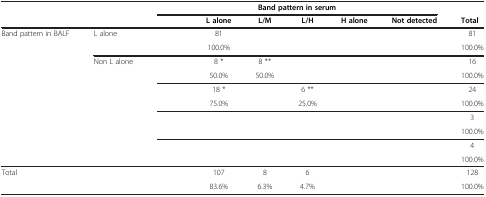
<table><thead><tr><td colspan="2" rowspan="2">[EMPTY_CELL]</td><td colspan="6"><b>Band pattern in serum</b></td><td>[EMPTY_CELL]</td></tr><tr><td>[EMPTY_CELL]</td><td><b>L alone</b></td><td><b>L/M</b></td><td><b>L/H</b></td><td><b>H alone</b></td><td><b>Not detected</b></td><td><b>Total</b></td></tr></thead><tbody><tr><td>Band pattern in BALF</td><td>L alone</td><td>[EMPTY_CELL]</td><td>81</td><td>[EMPTY_CELL]</td><td>[EMPTY_CELL]</td><td>[EMPTY_CELL]</td><td>[EMPTY_CELL]</td><td>81</td></tr><tr><td>[EMPTY_CELL]</td><td>[EMPTY_CELL]</td><td>[EMPTY_CELL]</td><td>100.0%</td><td>[EMPTY_CELL]</td><td>[EMPTY_CELL]</td><td>[EMPTY_CELL]</td><td>[EMPTY_CELL]</td><td>100.0%</td></tr><tr><td>[EMPTY_CELL]</td><td>Non L alone</td><td>[EMPTY_CELL]</td><td>8 *</td><td>8 **</td><td>[EMPTY_CELL]</td><td>[EMPTY_CELL]</td><td>[EMPTY_CELL]</td><td>16</td></tr><tr><td>[EMPTY_CELL]</td><td>[EMPTY_CELL]</td><td>[EMPTY_CELL]</td><td>50.0%</td><td>50.0%</td><td>[EMPTY_CELL]</td><td>[EMPTY_CELL]</td><td>[EMPTY_CELL]</td><td>100.0%</td></tr><tr><td>[EMPTY_CELL]</td><td>[EMPTY_CELL]</td><td>[EMPTY_CELL]</td><td>18 *</td><td>[EMPTY_CELL]</td><td>6 **</td><td>[EMPTY_CELL]</td><td>[EMPTY_CELL]</td><td>24</td></tr><tr><td>[EMPTY_CELL]</td><td>[EMPTY_CELL]</td><td>[EMPTY_CELL]</td><td>75.0%</td><td>[EMPTY_CELL]</td><td>25.0%</td><td>[EMPTY_CELL]</td><td>[EMPTY_CELL]</td><td>100.0%</td></tr><tr><td>[EMPTY_CELL]</td><td>[EMPTY_CELL]</td><td>[EMPTY_CELL]</td><td>[EMPTY_CELL]</td><td>[EMPTY_CELL]</td><td>[EMPTY_CELL]</td><td>[EMPTY_CELL]</td><td>[EMPTY_CELL]</td><td>3</td></tr><tr><td>[EMPTY_CELL]</td><td>[EMPTY_CELL]</td><td>[EMPTY_CELL]</td><td>[EMPTY_CELL]</td><td>[EMPTY_CELL]</td><td>[EMPTY_CELL]</td><td>[EMPTY_CELL]</td><td>[EMPTY_CELL]</td><td>100.0%</td></tr><tr><td>[EMPTY_CELL]</td><td>[EMPTY_CELL]</td><td>[EMPTY_CELL]</td><td>[EMPTY_CELL]</td><td>[EMPTY_CELL]</td><td>[EMPTY_CELL]</td><td>[EMPTY_CELL]</td><td>[EMPTY_CELL]</td><td>4</td></tr><tr><td>[EMPTY_CELL]</td><td>[EMPTY_CELL]</td><td>[EMPTY_CELL]</td><td>[EMPTY_CELL]</td><td>[EMPTY_CELL]</td><td>[EMPTY_CELL]</td><td>[EMPTY_CELL]</td><td>[EMPTY_CELL]</td><td>100.0%</td></tr><tr><td>Total</td><td>[EMPTY_CELL]</td><td>[EMPTY_CELL]</td><td>107</td><td>8</td><td>6</td><td>[EMPTY_CELL]</td><td>[EMPTY_CELL]</td><td>128</td></tr><tr><td>[EMPTY_CELL]</td><td>[EMPTY_CELL]</td><td>[EMPTY_CELL]</td><td>83.6%</td><td>6.3%</td><td>4.7%</td><td>[EMPTY_CELL]</td><td>[EMPTY_CELL]</td><td>100.0%</td></tr></tbody></table>